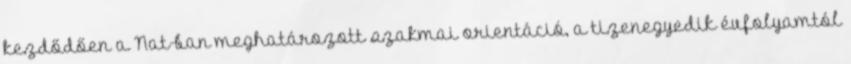
kezdődően a Nat-ban meghatározott szakmai orientáció, a tizenegyedik évfolyamtól